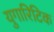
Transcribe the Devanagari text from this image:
युगारिटिक